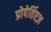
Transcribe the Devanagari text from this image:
प्रोपेर्तिएज़